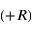
( + R )